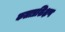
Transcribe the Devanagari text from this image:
कलाप्रशिक्षण